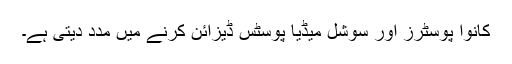
کانوا پوسٹرز اور سوشل میڈیا پوسٹس ڈیزائن کرنے میں مدد دیتی ہے۔